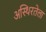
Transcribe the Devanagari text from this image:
अस्थिरतेला